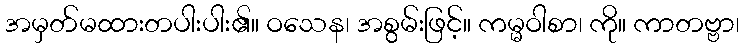
အမှတ်မထားတပါးပါး၏။ ဝသေန၊ အစွမ်းဖြင့်။ ကမ္မဝါစာ၊ ကို။ ကာတဗ္ဗာ၊